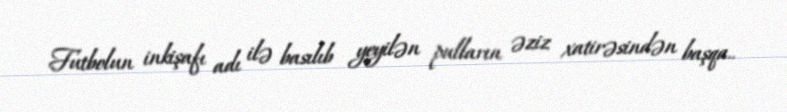
Futbolun inkişafı adı ilə basılıb yeyilən pulların əziz xatirəsindən başqa..